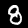
Digit: 8